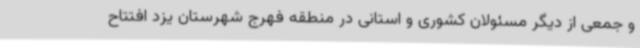
و جمعی از دیگر مسئولان کشوری و استانی در منطقه فهرج شهرستان یزد افتتاح